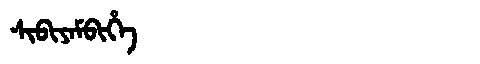
Manchu: ᠰᡳᠪᡳᠶᠠᠮᠪᡳᡥᡝ
Romanization: SIBIYAMBIHE